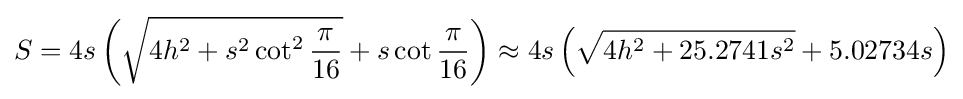
S=4s\left({\sqrt {4h^{2}+s^{2}\cot ^{2}{\frac {\pi }{16}}}}+s\cot {\frac {\pi }{16}}\right)\approx 4s\left({\sqrt {4h^{2}+25.2741s^{2}}}+5.02734s\right)